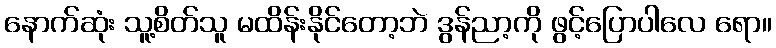
နောက်ဆုံး သူ့စိတ်သူ မထိန်းနိုင်တော့ဘဲ ဒွန်ညာ့ကို ဖွင့်ပြောပါလေ ရော။